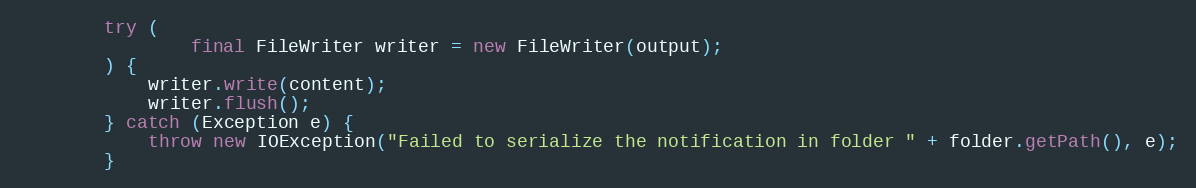
Language: Java
        try (
                final FileWriter writer = new FileWriter(output);
        ) {
            writer.write(content);
            writer.flush();
        } catch (Exception e) {
            throw new IOException("Failed to serialize the notification in folder " + folder.getPath(), e);
        }